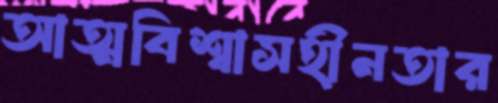
আত্মবিশ্বাসহীনতার